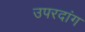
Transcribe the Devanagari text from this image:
उपरदांग